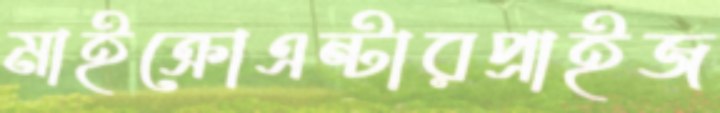
মাইক্রোএন্টারপ্রাইজ